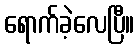
ရောက်ခဲ့လေပြီ။